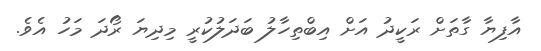
އާފިޔާ ގާތަށް ރަކީދު އަށް އިބްތިހާލު ބަދަލުކުރީ މިދިޔަ ރޯދަ މަހު އެވެ.